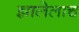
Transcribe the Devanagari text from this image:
झालेलाच